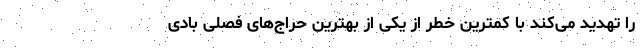
را تهدید می‌کند با کمترین خطر از یکی از بهترین حراج‌های فصلی بادی